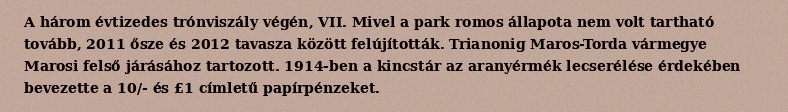
A három évtizedes trónviszály végén, VII. Mivel a park romos állapota nem volt tartható tovább, 2011 ősze és 2012 tavasza között felújították. Trianonig Maros-Torda vármegye Marosi felső járásához tartozott. 1914-ben a kincstár az aranyérmék lecserélése érdekében bevezette a 10/- és £1 címletű papírpénzeket.